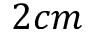
2 c m